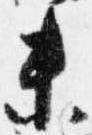
未